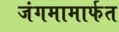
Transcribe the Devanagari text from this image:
जंगमामार्फत